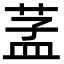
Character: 䓝